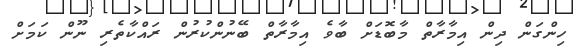
ހިންގަން ދިން އިމާރާތް މާބޮޑަށް ބާވެ އިމާރާތް ބޭނުންކުރުން ރައްކާތެރި ނޫން ކަމަށް